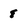
Character: 8